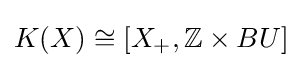
K(X)\cong \left[X_{+},\mathbb {Z} \times BU\right]